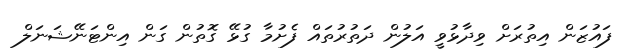
ފައުޒަން އިތުރަށް ވިދާޅުވީ އަލުން ދަތުރުތައް ފެށުމާ ގުޅޭ ގޮތުން ގަން އިންޓަނޭޝަނަލް